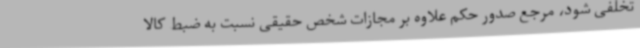
تخلفی شود، مرجع صدور حکم علاوه بر مجازات شخص حقیقی نسبت به ضبط کالا